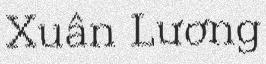
Xuân Lương